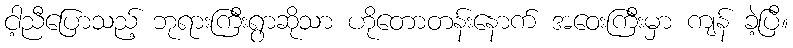
ငါ့ညီပြောသည့် ဘုရားကြီးရွာဆိုသာ ဟိုတောတန်းနောက် အဝေးကြီးမှာ ကျန် ခဲ့ပြီ။